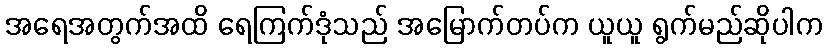
အရေအတွက်အထိ ရေကြက်ဒုံသည် အမြောက်တပ်က ယူယူ ရွက်မည်ဆိုပါက